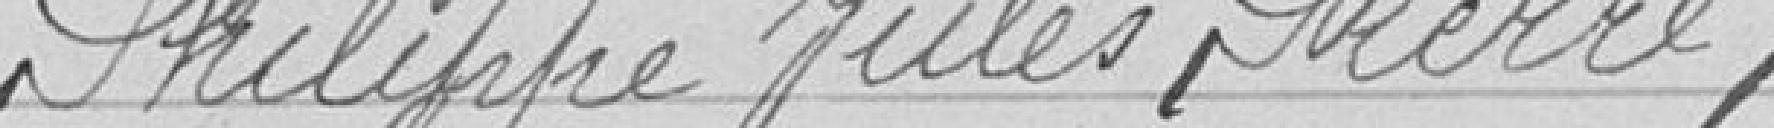
Philippe Jules Pierre